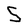
Character: S